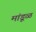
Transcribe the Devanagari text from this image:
मांडूळ